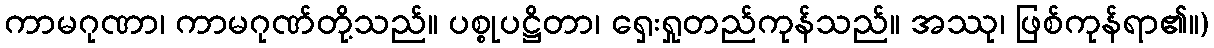
ကာမဂုဏာ၊ ကာမဂုဏ်တို့သည်။ ပစ္စုပဋ္ဌိတာ၊ ရှေးရှုတည်ကုန်သည်။ အဿု၊ ဖြစ်ကုန်ရာ၏။)